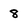
Character: 8